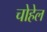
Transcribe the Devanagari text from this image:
चोहेल